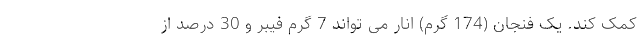
کمک کند. یک فنجان (174 گرم) انار می تواند 7 گرم فیبر و 30 درصد از